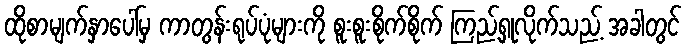
ထိုစာမျက်နှာပေါ်မှ ကာတွန်းရုပ်ပုံများကို စူးစူးစိုက်စိုက် ကြည့်ရှုလိုက်သည့် အခါတွင်